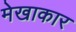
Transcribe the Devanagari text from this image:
मेखाकार